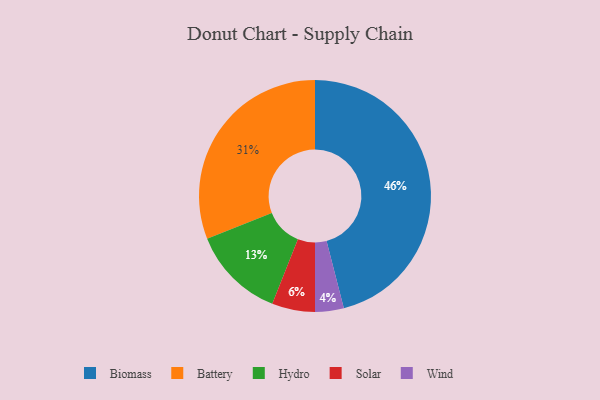
{"axis": {"x": "Category", "y": "Percentage"}, "legend": ["Battery", "Biomass", "Hydro", "Solar", "Wind"], "data": [{"x": "Biomass", "y": 46, "type": "Biomass"}, {"x": "Battery", "y": 31, "type": "Battery"}, {"x": "Hydro", "y": 13, "type": "Hydro"}, {"x": "Solar", "y": 6, "type": "Solar"}, {"x": "Wind", "y": 4, "type": "Wind"}]}